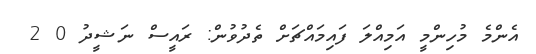
އެންމެ މުހިންމީ އަމިއްލަ ފައިމައްޗަށް ތެދުވުން: ރައީސް ނަޝީދު 0 2